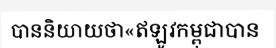
បាននិយាយថា«ឥឡូវកម្ពុជាបាន